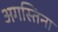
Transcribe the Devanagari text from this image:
अगस्तिना